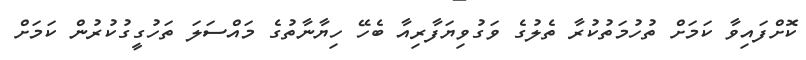
ކޮށްފައިވާ ކަމަށް ތުހުމަތުކުރާ ތެލުގެ ވަގުވިޔަފާރިއާ ބެހޭ ހިޔާނާތުގެ މައްސަލަ ތަހުގީގުކުރުން ކަމަށް